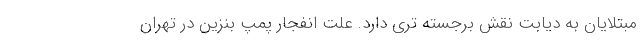
مبتلایان به دیابت نقش برجسته تری دارد. علت انفجار پمپ بنزین در تهران